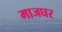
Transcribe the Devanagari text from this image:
माजघर